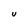
Character: u